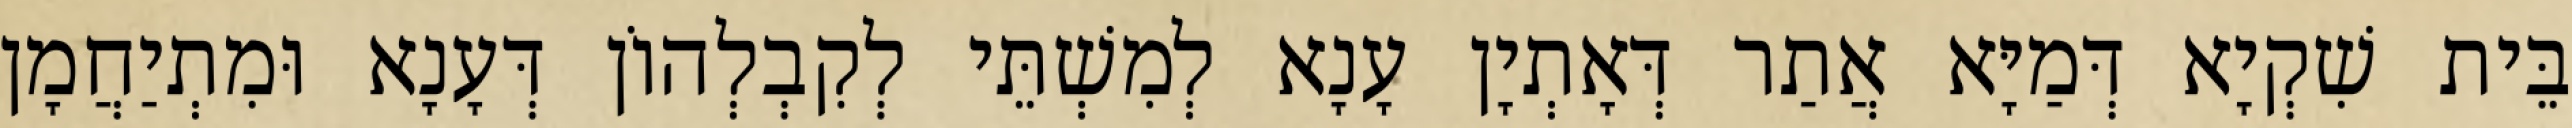
בֵּית שִׁקְיָא דְּמַיָּא אֲתַר דְּאָתְיָן עָנָא לְמִשְׁתֵּי לְקִבְלְהוֹן דְּעָנָא וּמִתְיַחֲמָן